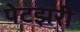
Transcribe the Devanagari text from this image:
पेटझरी